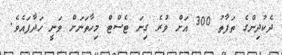
ދެކުދިންގެ ތަފާތު 300 އަށް ވުރެ ގިނަ ޓެސްޓް މިހާތަނަށް ވަނީ ހަދާފައެވެ.